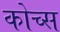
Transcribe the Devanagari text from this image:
कोच्स